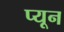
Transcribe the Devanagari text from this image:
प्यून